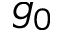
g _ { 0 }